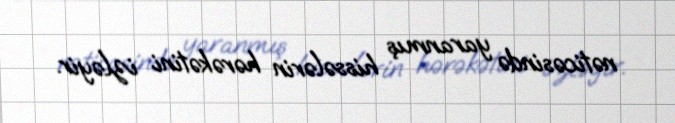
nəticəsində yaranmış hissələrin hərəkətini izləyir.